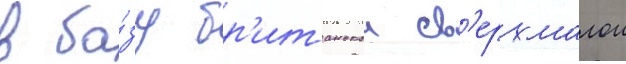
в ба́зу бр'итанскои св'ерхмалои